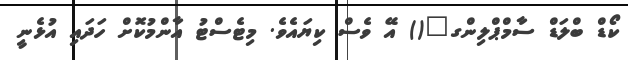
ކޯޑް ބްލަޑް ސާމްޕްލިންގ"() އޭ ވެސް ކިޔައެވެ. މިޓެސްޓު އާންމުކޮށް ހަދައި އުޅެނީ